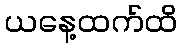
ယနေ့ထက်ထိ